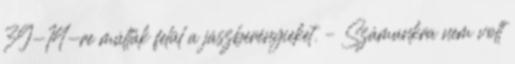
39-14-re múlták felül a jászberényieket. – Számunkra nem volt